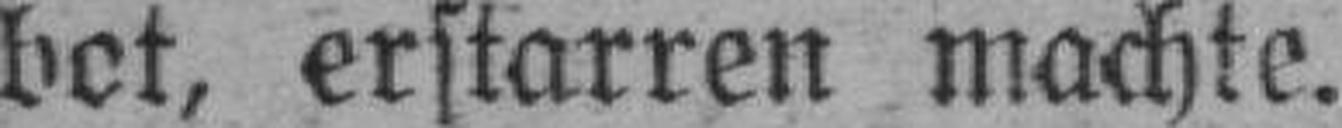
bet, erstarren machte.